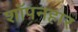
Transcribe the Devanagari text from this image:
शॉपनहार